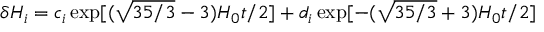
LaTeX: \delta H _ { i } = c _ { i } \exp [ ( \sqrt { 3 5 / 3 } - 3 ) H _ { 0 } t / 2 ] + d _ { i } \exp [ - ( \sqrt { 3 5 / 3 } + 3 ) H _ { 0 } t / 2 ]